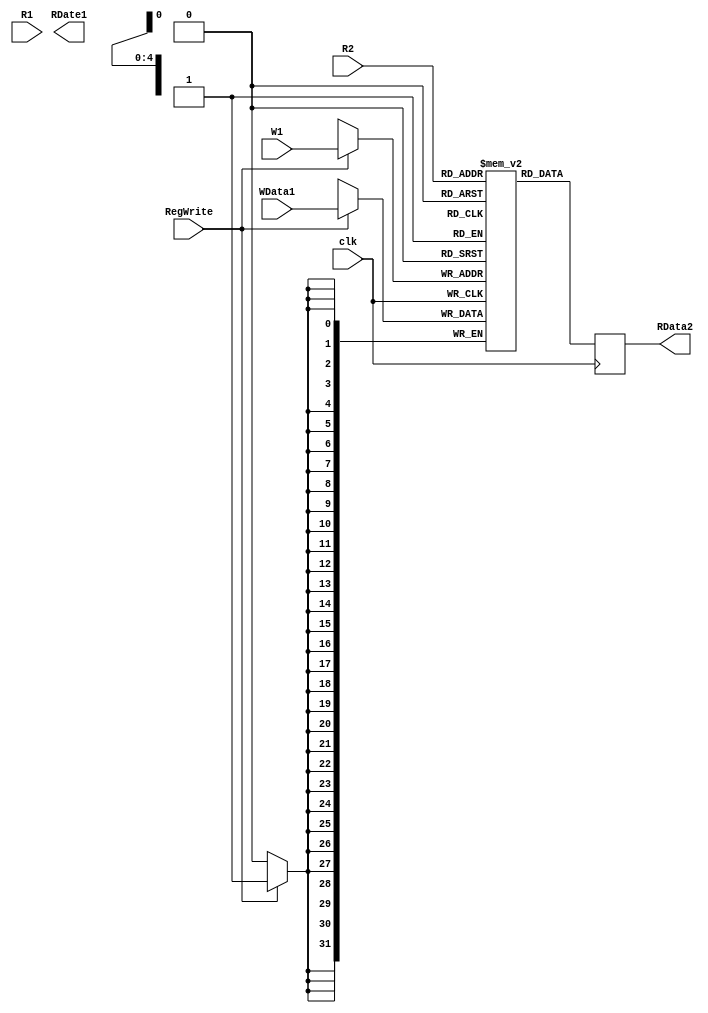
module RegFile(
	input wire clk,
	input wire RegWrite,
	input wire [4:0] R1,
	input wire [4:0] R2,
	input wire [4:0] W1,
	input wire [31:0] WData1,
	output reg [31:0] RDate1,
	output reg [31:0] RData2
	);
	
	reg[31:0] Regs[31:0];
	
	//still need to determine the eventual depth of the memory
	//initial begin
	//	Regs[29]<=32'dXXX;
	//end
	
	always@(posedge clk) begin
		if(RegWrite) begin
			Regs[W1]<=WData1;
		end
		RData1<=Regs[R1];
		RData2<=Regs[R2];
	end
endmodule